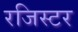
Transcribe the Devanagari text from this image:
रजिस्टर